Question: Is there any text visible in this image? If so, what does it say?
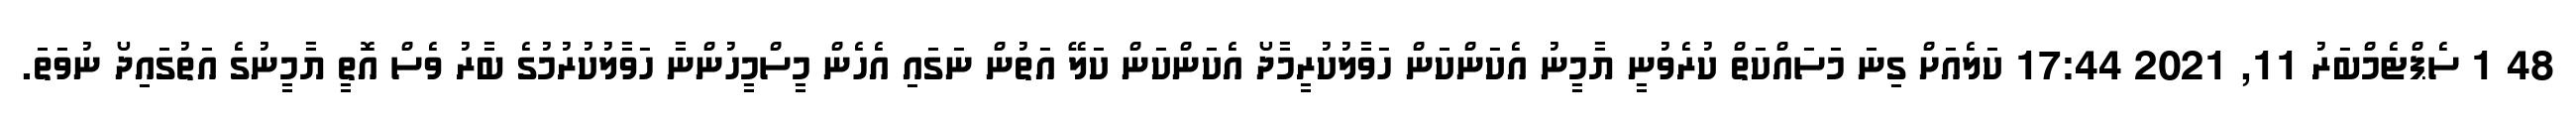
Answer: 48 1 ސެޕްޓެމްބަރު 11, 2021 17:44 ކަލެއަށް ގިނަ މަސައްކަތް ކުރެވުނީ ޔާމީނު އެކަންކަން ހަވާލުކުރީމާދޯ އެކަންކަން ކަލޭ އަތުން ނަގައި އެހެން މީސްމީހުންނާ ހަވާލުކުރުމުގެ ބާރު ވެސް އޮތީ ޔާމީނުގެ އަތުގައިދޯ ނުވަތަ.